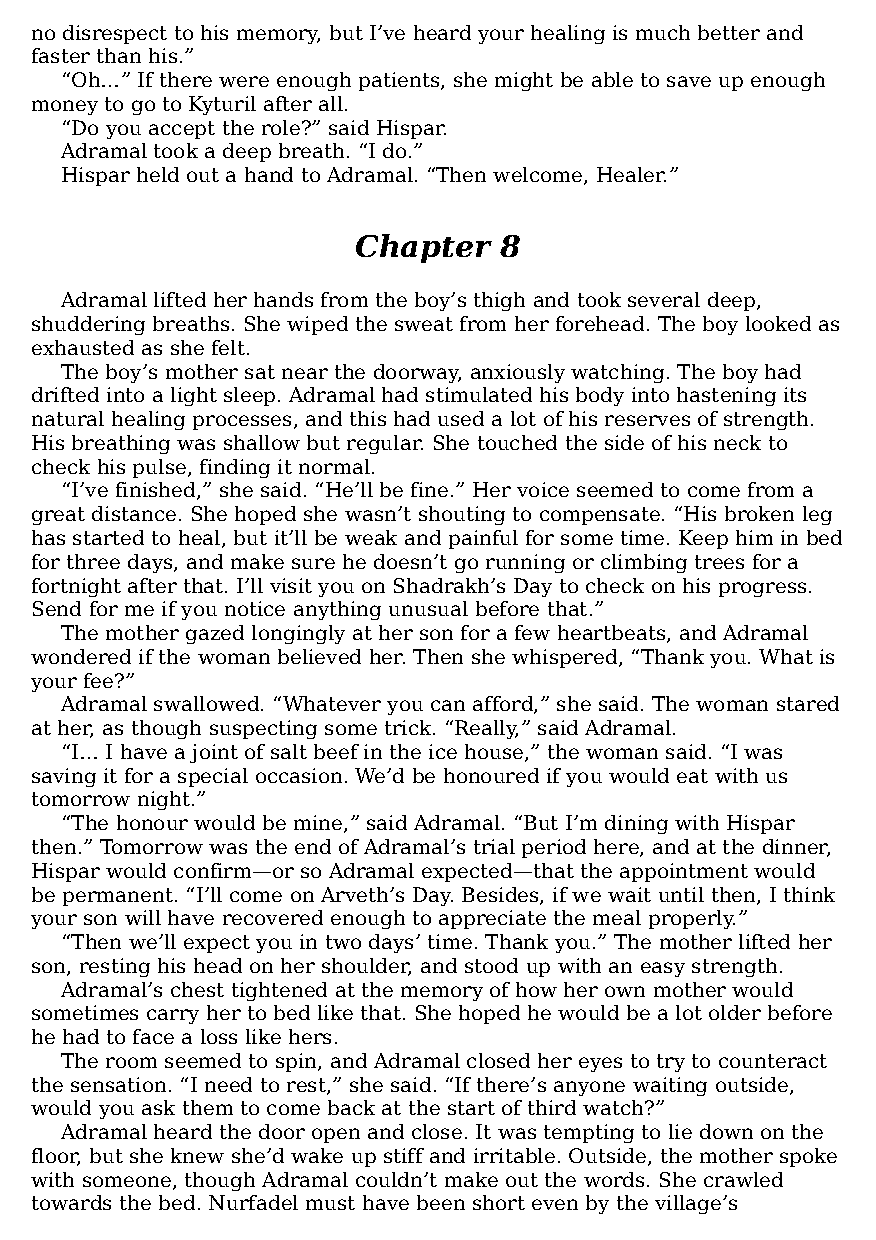
no disrespect to his memory, but I’ve heard your healing is much better and
 faster than his.”
 “Oh…” If there were enough patients, she might be able to save up enough
 money to go to Kyturil after all.
 “Do you accept the role?” said Hispar.
 Adramal took a deep breath. “I do.”
 Hispar held out a hand to Adramal. “Then welcome, Healer.”
 Chapter   8
 Adramal lifted her hands from the boy’s thigh and took several deep,
 shuddering breaths. She wiped the sweat from her forehead. The boy looked as
 exhausted as she felt.
 The boy’s mother sat near the doorway, anxiously watching. The boy had
 drifted into a light sleep. Adramal had stimulated his body into hastening its
 natural healing processes, and this had used a lot of his reserves of strength.
 His breathing was shallow but regular. She touched the side of his neck to
 check his pulse, finding it normal.
 “I’ve finished,” she said. “He’ll be fine.” Her voice seemed to come from a
 great distance. She hoped she wasn’t shouting to compensate. “His broken leg
 has started to heal, but it’ll be weak and painful for some time. Keep him in bed
 for three days, and make sure he doesn’t go running or climbing trees for a
 fortnight after that. I’ll visit you on Shadrakh’s Day to check on his progress.
 Send for me if you notice anything unusual before that.”
 The mother gazed longingly at her son for a few heartbeats, and Adramal
 wondered if the woman believed her. Then she whispered, “Thank you. What is
 your fee?”
 Adramal swallowed. “Whatever you can afford,” she said. The woman stared
 at her, as though suspecting some trick. “Really,” said Adramal.
 “I… I have a joint of salt beef in the ice house,” the woman said. “I was
 saving it for a special occasion. We’d be honoured if you would eat with us
 tomorrow night.”
 “The honour would be mine,” said Adramal. “But I’m dining with Hispar
 then.” Tomorrow was the end of Adramal’s trial period here, and at the dinner,
 Hispar would confirm—​or so Adramal expected—​that the appointment would
 be permanent. “I’ll come on Arveth’s Day. Besides, if we wait until then, I think
 your son will have recovered enough to appreciate the meal properly.”
 “Then we’ll expect you in two days’ time. Thank you.” The mother lifted her
 son, resting his head on her shoulder, and stood up with an easy strength.
 Adramal’s chest tightened at the memory of how her own mother would
 sometimes carry her to bed like that. She hoped he would be a lot older before
 he had to face a loss like hers.
 The room seemed to spin, and Adramal closed her eyes to try to counteract
 the sensation. “I need to rest,” she said. “If there’s anyone waiting outside,
 would you ask them to come back at the start of third watch?”
 Adramal heard the door open and close. It was tempting to lie down on the
 floor, but she knew she’d wake up stiff and irritable. Outside, the mother spoke
 with someone, though Adramal couldn’t make out the words. She crawled
 towards the bed. Nurfadel must have been short even by the village’s